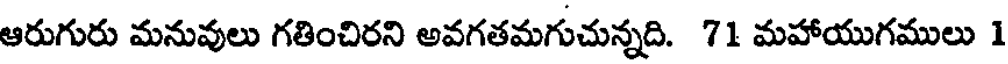
ఆరుగురు మనువులు గతించిరని అవగతమగుచున్నది. 71 మహాయుగములు 1